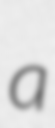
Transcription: a